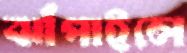
ঝাঁপাইলে